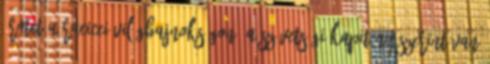
érmet a racicei világbajnokságon. A szövetségi kapitány szerint van